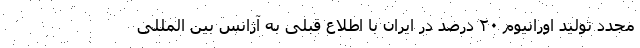
مجدد تولید اورانیوم ۲۰ درصد در ایران با اطلاع قبلی به آژانس بین المللی